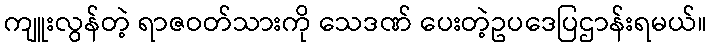
ကျူးလွန်တဲ့ ရာဇဝတ်သားကို သေဒဏ် ပေးတဲ့ဥပဒေပြဌာန်းရမယ်။